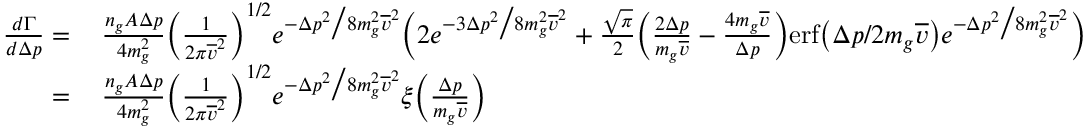
\begin{array} { r l } { \frac { d \Gamma } { d \Delta p } = } & { \, \frac { n _ { g } A \Delta p } { 4 m _ { g } ^ { 2 } } \bigg ( \frac { 1 } { 2 \pi \overline { { v } } ^ { 2 } } \bigg ) ^ { 1 / 2 } e ^ { - \Delta p ^ { 2 } \big / 8 m _ { g } ^ { 2 } \overline { { v } } ^ { 2 } } \bigg ( 2 e ^ { - 3 \Delta p ^ { 2 } \big / 8 m _ { g } ^ { 2 } \overline { { v } } ^ { 2 } } + \frac { \sqrt { \pi } } { 2 } \bigg ( \frac { 2 \Delta p } { m _ { g } \overline { { v } } } - \frac { 4 m _ { g } \overline { { v } } } { \Delta p } \bigg ) \mathrm { e r f } \big ( \Delta p / 2 m _ { g } \overline { { v } } \big ) e ^ { - \Delta p ^ { 2 } \big / 8 m _ { g } ^ { 2 } \overline { { v } } ^ { 2 } } \bigg ) } \\ { = } & { \, \frac { n _ { g } A \Delta p } { 4 m _ { g } ^ { 2 } } \bigg ( \frac { 1 } { 2 \pi \overline { { v } } ^ { 2 } } \bigg ) ^ { 1 / 2 } e ^ { - \Delta p ^ { 2 } \big / 8 m _ { g } ^ { 2 } \overline { { v } } ^ { 2 } } \xi \Big ( \frac { \Delta p } { m _ { g } \overline { { v } } } \Big ) } \end{array}